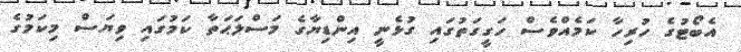
އެބޯޓުގެ ހުރިހާ ކަމެއްވެސް ހަގީގަތުގައި ގުޅެނީ އިންޑިޔާގެ މަސްލަޙަތާ ކަމުގައި ވިޔަސް މިކަމުގެ